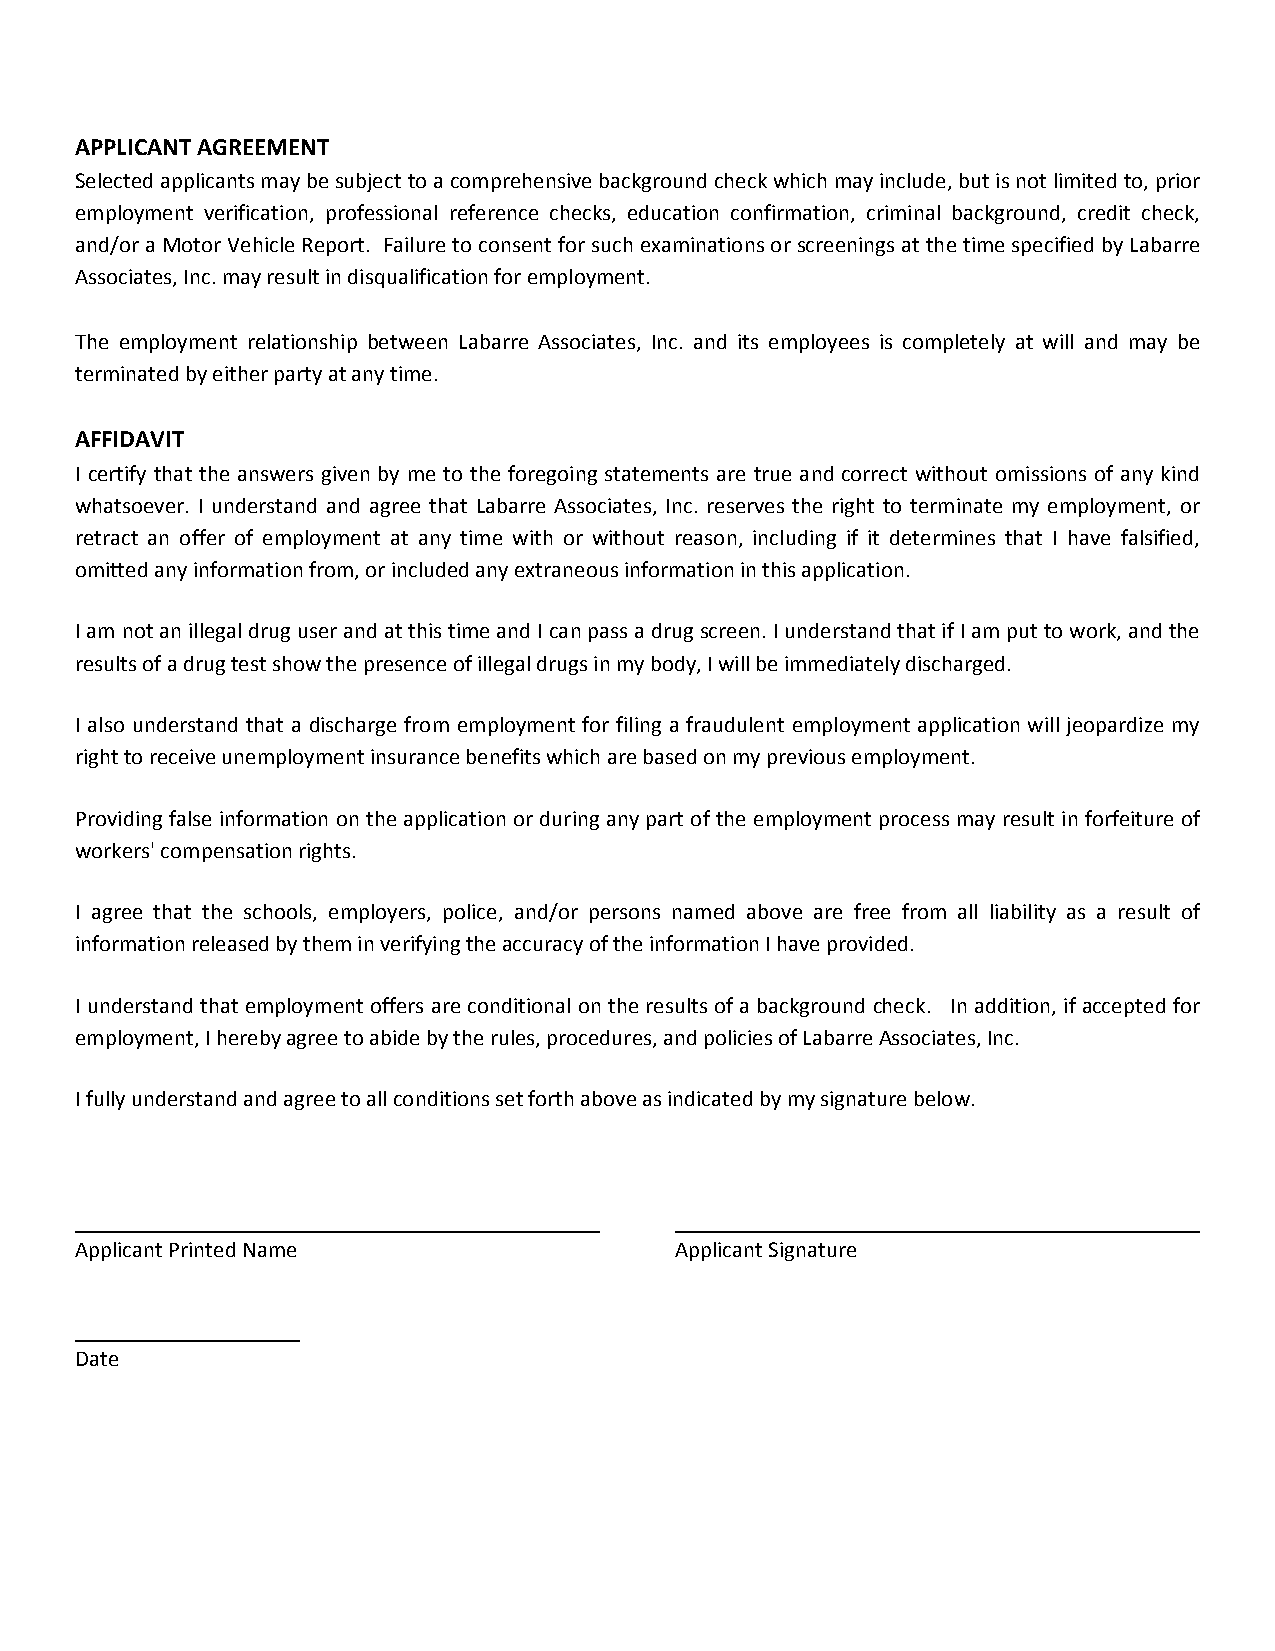
APPLICANT AGREEMENT
 Selected applicants may be subject to a comprehensive background check which may include, but is not limited to, prior
 employment verification, professional reference checks, education confirmation, criminal background, credit check,
 and/or a Motor Vehicle Report. Failure to consent for such examinations or screenings at the time specified by Labarre
 Associates, Inc. may result in disqualification for employment.
 The employment relationship between Labarre Associates, Inc. and its employees is completely at will and may be
 terminated by either party at any time.
 AFFIDAVIT
 I certify that the answers given by me to the foregoing statements are true and correct without omissions of any kind
 whatsoever. I understand and agree that Labarre Associates, Inc. reserves the right to terminate my employment, or
 retract an offer of employment at any time with or without reason, including if it determines that I have falsified,
 omitted any information from, or included any extraneous information in this application.
 I am not an illegal drug user and at this time and I can pass a drug screen. I understand that if I am put to work, and the
 results of a drug test show the presence of illegal drugs in my body, I will be immediately discharged.
 I also understand that a discharge from employment for filing a fraudulent employment application will jeopardize my
 right to receive unemployment insurance benefits which are based on my previous employment.
 Providing false information on the application or during any part of the employment process may result in forfeiture of
 workers' compensation rights.
 I agree that the schools, employers, police, and/or persons named above are free from all liability as a result of
 information released by them in verifying the accuracy of the information I have provided.
 I understand that employment offers are conditional on the results of a background check. In addition, if accepted for
 employment, I hereby agree to abide by the rules, procedures, and policies of Labarre Associates, Inc.
 I fully understand and agree to all conditions set forth above as indicated by my signature below.
 Applicant Printed Name                  Applicant Signature
 Date